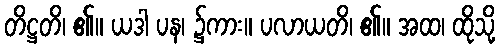
တိဋ္ဌတိ၊ ၏။ ယဒါ ပန၊ ၌ကား။ ပလာယတိ၊ ၏။ အထ၊ ထိုသို့